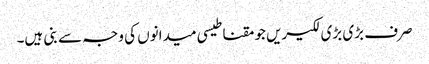
صرف بڑی بڑی لکیریں جو مقناطیسی میدانوں کی وجہ سے بنی ہیں۔